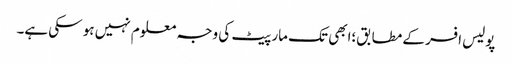
پولیس افسر کے مطابق؛ابھی تک مار پیٹ کی وجہ معلوم نہیں ہو سکی ہے۔